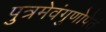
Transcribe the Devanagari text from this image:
पुत्रमेवंगुणोपेतं